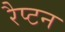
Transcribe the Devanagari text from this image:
रैप्टन